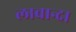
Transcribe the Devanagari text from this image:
लावान्दा